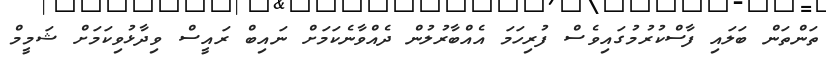
ތަންތަން ބަލައި ފާސްކުރުމުގައިވެސް ފުރިހަމަ އެއްބާރުލުން ދެއްވާނެކަމަށް ނައިބް ރައީސް ވިދާޅުވިކަމަށް ޝަމީމް